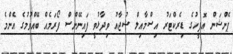
ޕެންޝަން އޮފީހުގެ ޑިރެކްޓަރު އިސްމާއިލް ޝުޖާއު ވިދާޅުވީ ފައިނޭންސް ފޯރަމެއް ބޭއްވުމުގެ އެންމެ